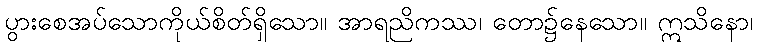
ပွားစေအပ်သောကိုယ်စိတ်ရှိသော။ အာရညိကဿ၊ တော၌နေသော။ ဣသိနော၊